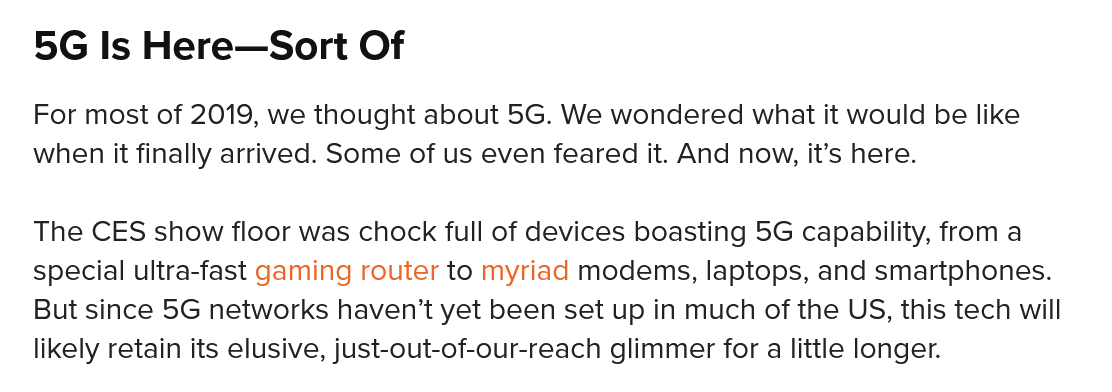
5G  Is Here—Sort    Of
   For most of 2019, we thought about 5G. We wondered what it would be like
   when it finally arrived. Some of us even feared it. And now, it’s here.
   The CES show floor was chock full of devices boasting 5G capability, from a
   special ultra-fast gaming router to myriad modems, laptops, and smartphones.
   But since 5G networks haven't yet been set up in much of the US, this tech will
   likely retain its elusive, just-out-of-our-reach glimmer for
  a
     little longer.